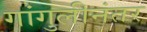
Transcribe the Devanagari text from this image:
गांगुलीनंतर